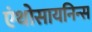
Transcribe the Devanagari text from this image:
एंथोसायनिन्स